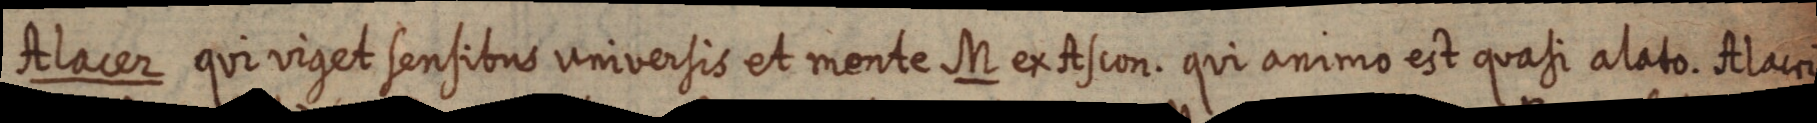
Alacer qui viget sensibus universis et mente M ex Ascon. qui animo est quasi alato. Alacri